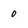
Character: 0